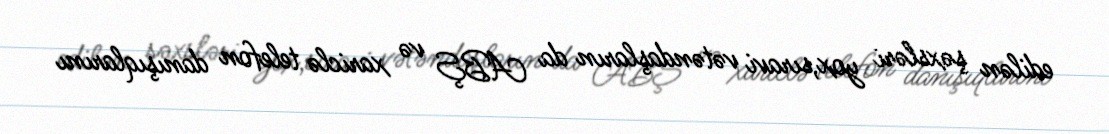
edilən şəxsləri yox,sıravi vətəndaşların da ABŞ və xariclə telefon danışıqlarını